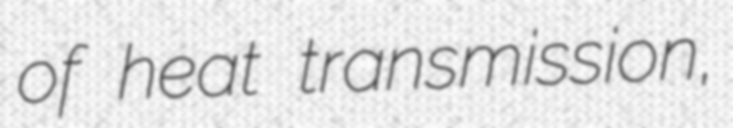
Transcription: of heat transmission,